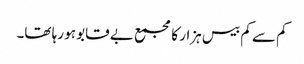
کم سے کم بیس ہزار کا مجمع بے قابو ہو رہا تھا۔